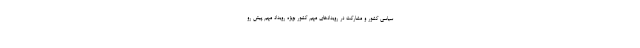
سیاسی کشور و مشارکت در رویدادهای مهم کشور بویژه رویداد مهم پیش رو